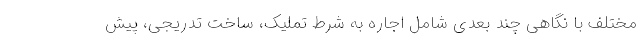
مختلف با نگاهی چند بعدی شامل اجاره به شرط تملیک، ساخت تدریجی، پیش